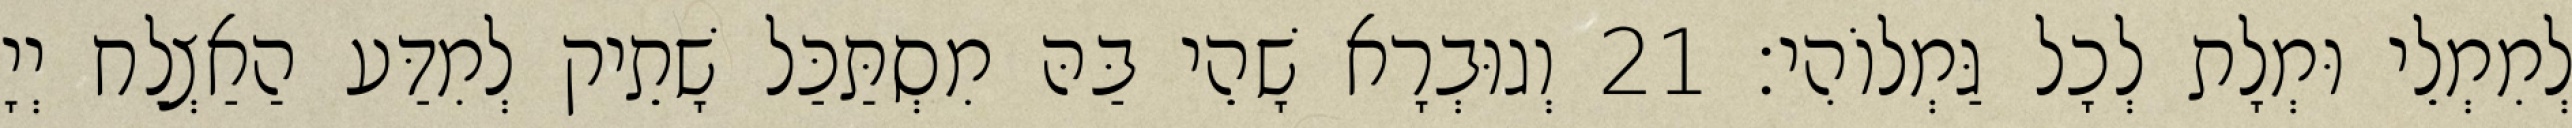
לְמִמְלֵי וּמְלָת לְכָל גַּמְלוֹהִי׃ 21 וְגוּבְרָא שָׁהֵי בַּהּ מִסְתַּכַּל שָׁתֵיק לְמִדַּע הַאַצְלַח יְיָ